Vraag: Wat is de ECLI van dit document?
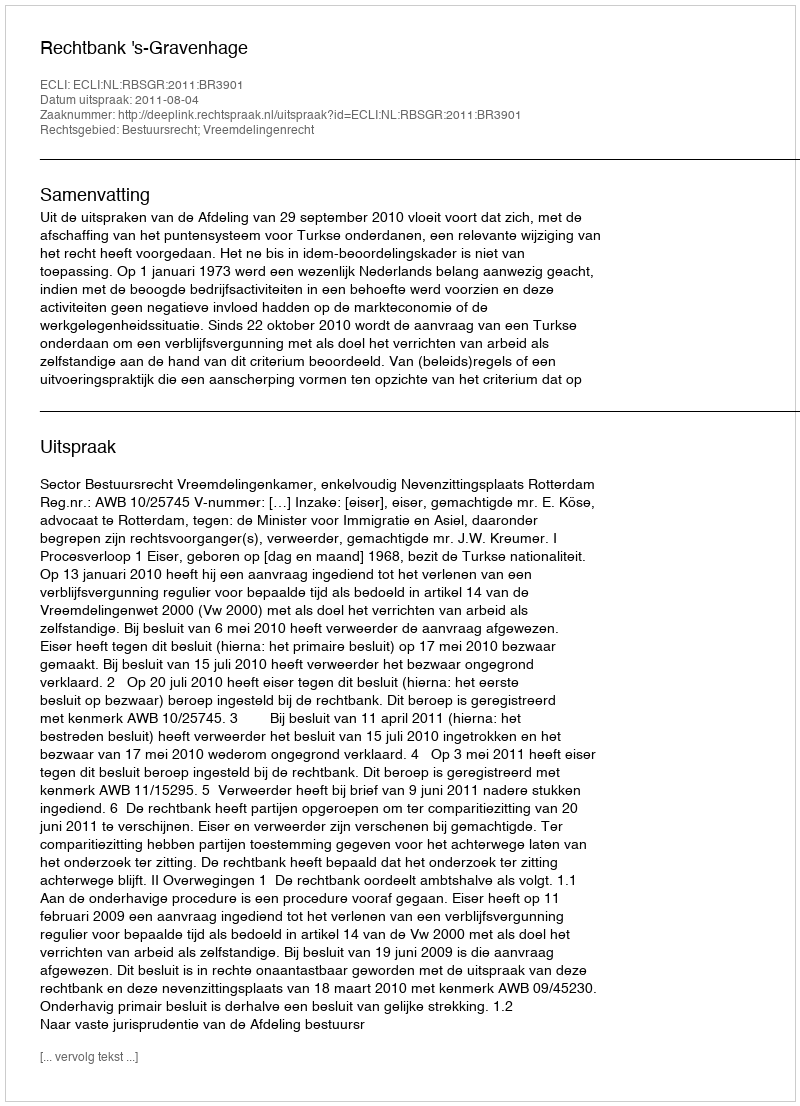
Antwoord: ECLI:NL:RBSGR:2011:BR3901